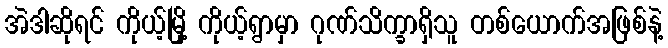
အဲဒါဆိုရင် ကိုယ့်မြို့ ကိုယ့်ရွာမှာ ဂုဏ်သိက္ခာရှိသူ တစ်ယောက်အဖြစ်နဲ့